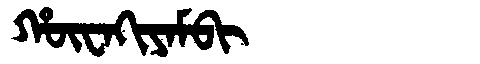
Manchu: ᡥᡡᠸᠠᡴᡳᠶᠠᠮᠪᡳ
Romanization: HŪWAKIYAMBI